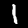
Label: 1